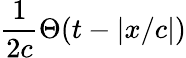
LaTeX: {\frac{1}{2c}}\Theta(t-|x/c|)